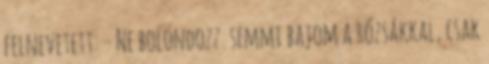
felnevetett: – Ne bolondozz. semmi bajom a rózsákkal, csak